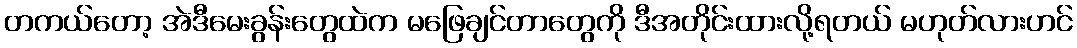
တကယ်တော့ အဲဒီမေးခွန်းတွေထဲက မဖြေချင်တာတွေကို ဒီအတိုင်းထားလို့ရတယ် မဟုတ်လားဟင်